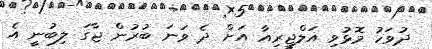
ދުވަހު މޮޮޅުވި އަލްޖީރިއާ އަށް ދެ ވަނަ ބުރުން ޖާގަ ލިބުނީ އެ